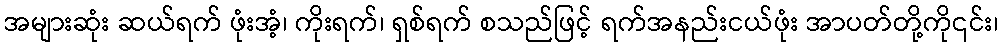
အများဆုံး ဆယ်ရက် ဖုံးအံ့၊ ကိုးရက်၊ ရှစ်ရက် စသည်ဖြင့် ရက်အနည်းငယ်ဖုံး အာပတ်တို့ကို၎င်း၊